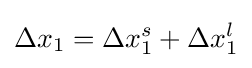
\Delta x_{1}=\Delta x_{1}^{s}+\Delta x_{1}^{l}